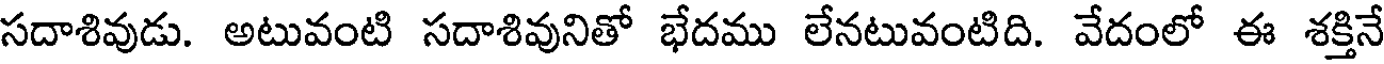
సదాశివుడు. అటువంటి సదాశివునితో భేదము లేనటువంటిది. వేదంలో ఈ శక్తినే